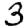
Digit: 3